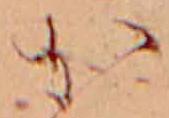
か